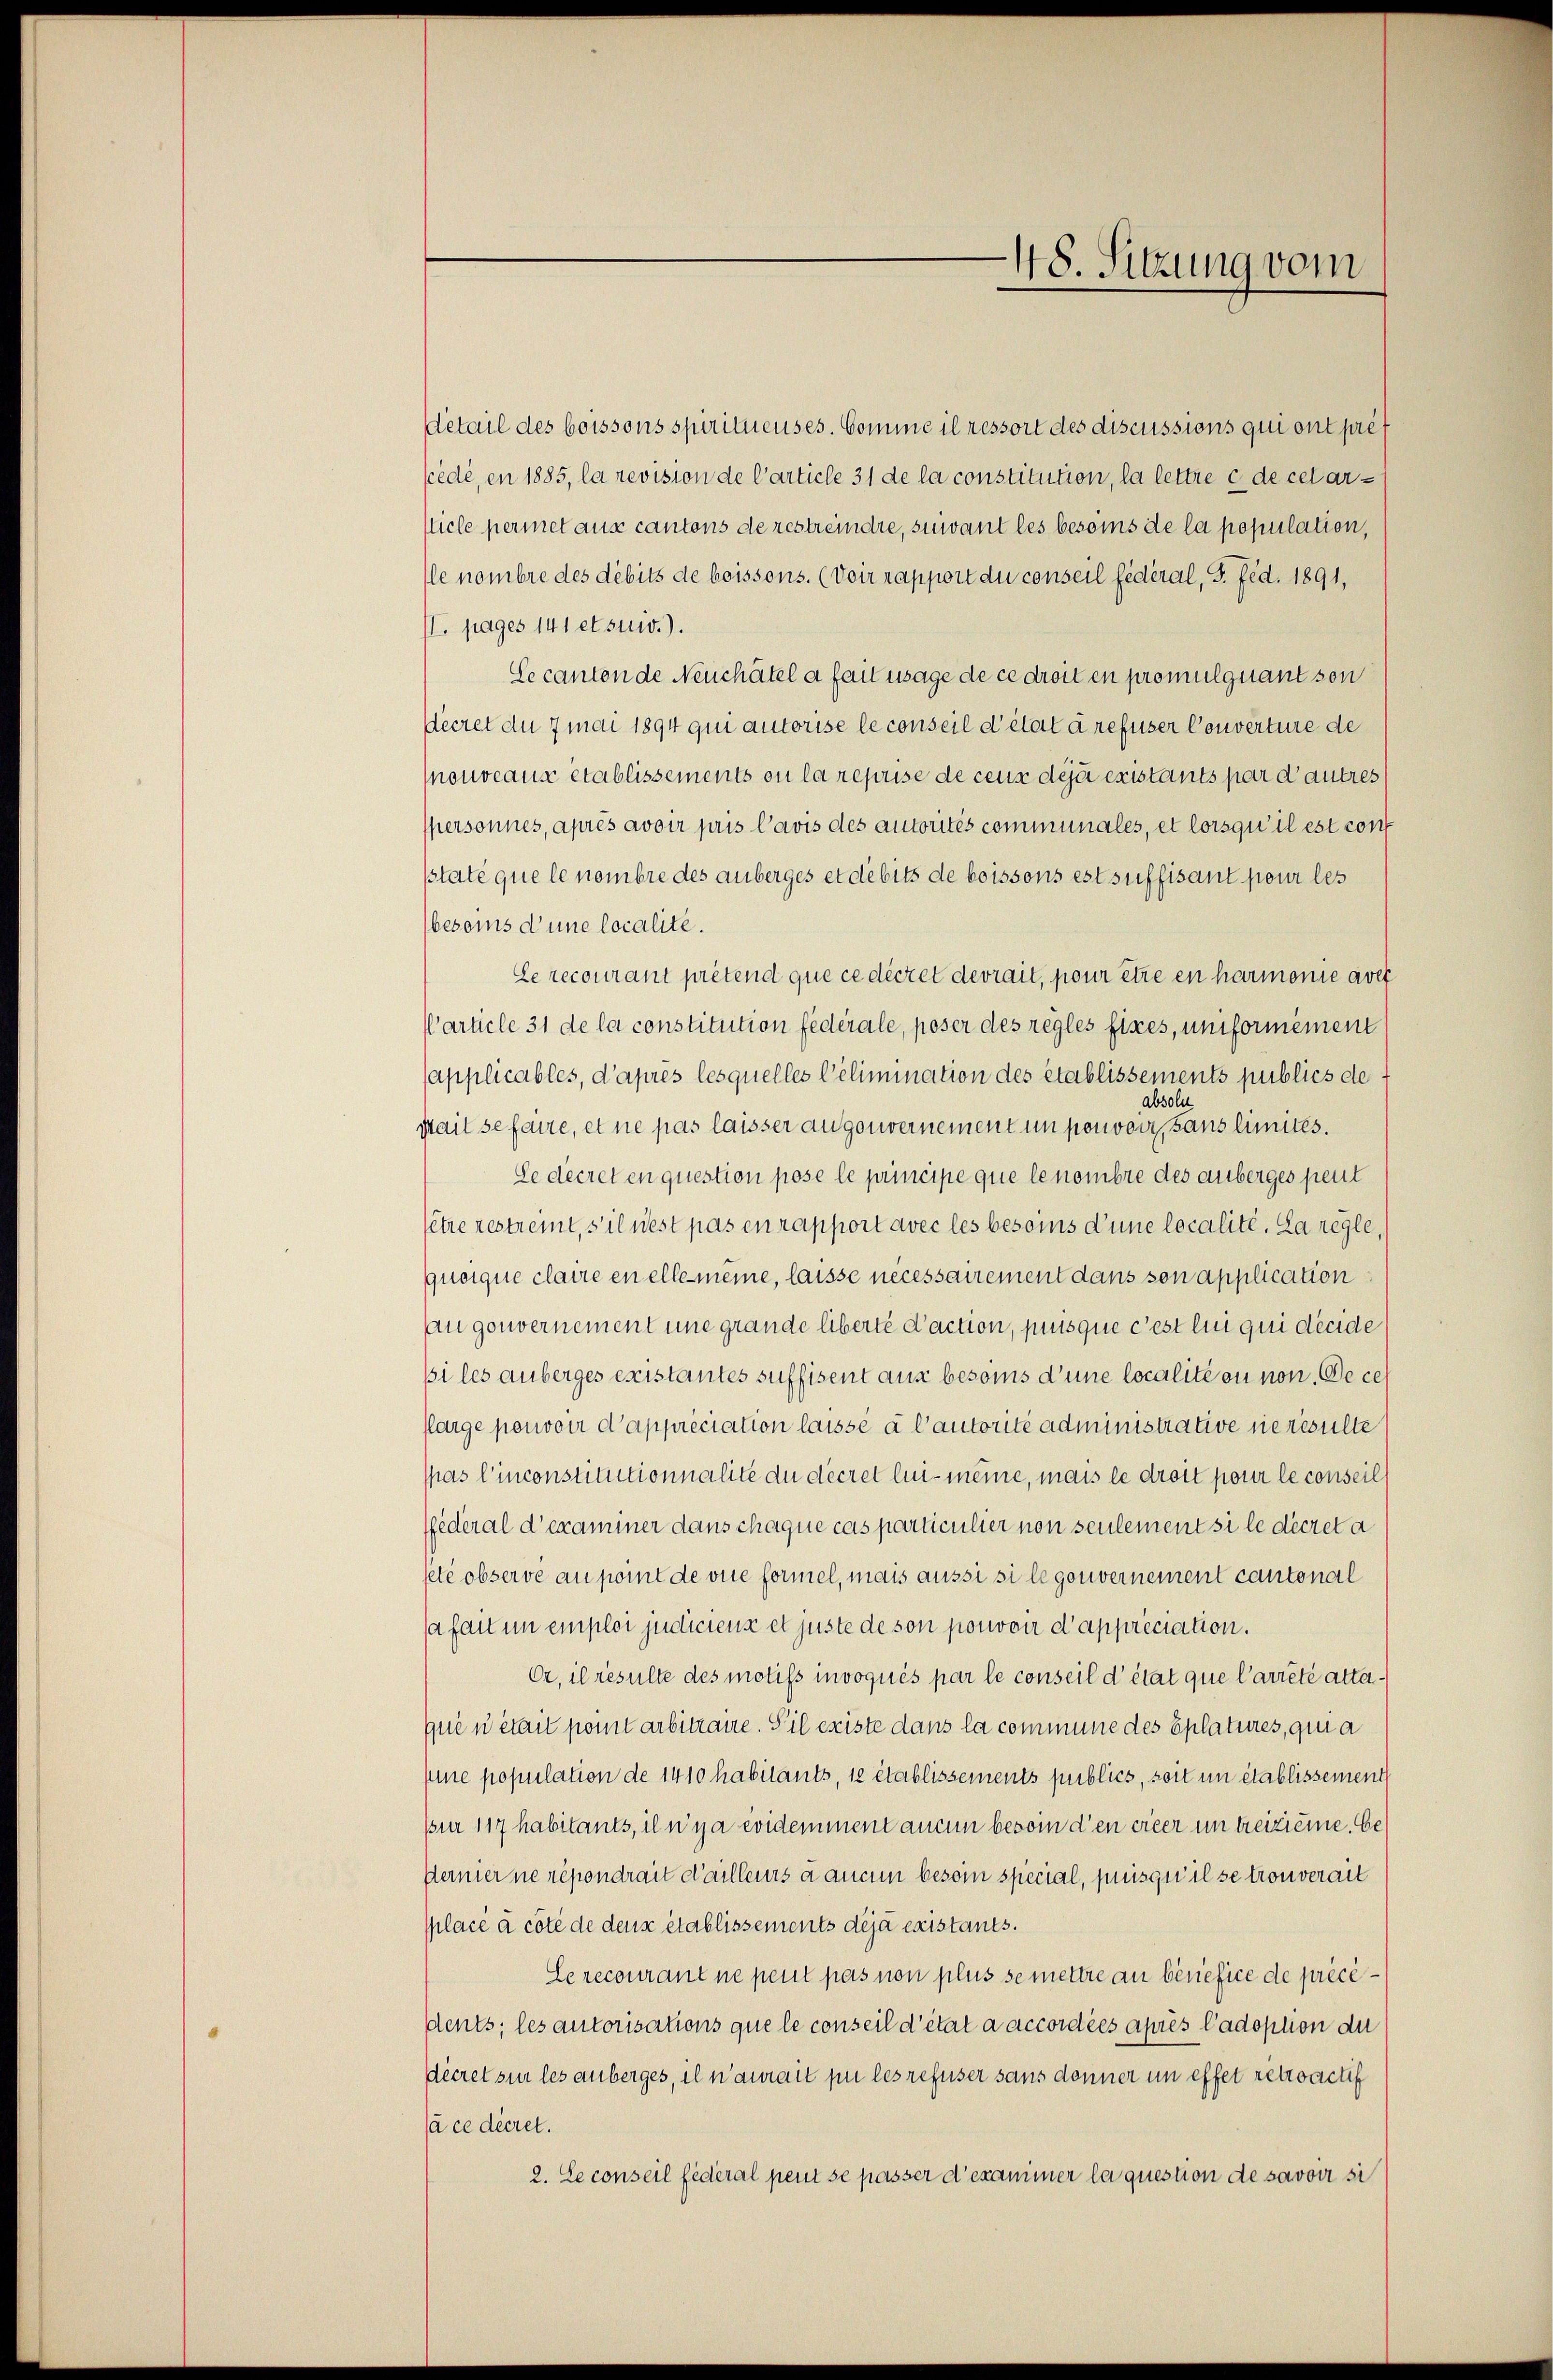
48. Sitzung vom

etail des boissons spiritueuses. Comme il ressort des discussions qui ont préf
scédé, en 1885, la revision de Carticle 31 de la constitution, la lettre c de celarsticle permet aus cantons de restreidre, suivant les besoins de la population,
le nombre des débits de boissons. (Voir rapport du conseil fédéral, S. fed. 1891,
II. pages 141 et suiv.).
Se cantende Neuchâtel a fait usage de ce droit en promulquant son
Decret du 7 mai 1894 qui autorise le conseil d’état à refuser Converture de
Mouveaus etablissements ou la reprise de ceux déjà existants par d’autres
spersonnes, après avoir pris Cavis des autorités communales, et lorsqu’ il est conf
sstate que le nombre des anberges et debits de boissons est suffisant pour les
besoins d’une localite.
Le recourant prétend que ce décret devrait, pour être en harmonie aver
Particle 31 de la constitution fédérale, poser des règles fixes, und formenen
sapplicables, d’après lesquelles Pelimination des établissements publics de f
absolu
Mait se faire, et ne pas laisser augenvernement un pouvoir, sans limités.
Le decret en question pose le principe que le nombre des anberges peut
fetze restremt, s’il nest pas en rapport avec les besoins d’une localité. La regle
quoique claire en elle meine, laisse necessairement dans son application
u gouvernement eine grande Überté d’action, puis que c’est lui qui décide
pi les anberges existantes suffisent aus besoins d’une localité ou non. Dece
flarge pouvoir d’appréciation laissé à l’autorité administrative nerwalte
spas l’inconstitutionnalité du décret lui-meine, mais le droit pour le conseil
ffederal d’examiner dans chaque cas particulier non seulement si le décreta
seté observe au point de vue formel, mais aussi si legouvernement cantonal
sa fait in emploi judiciens et juste de son pouvoir d’appréciation.
Or, il resulte des motifs invoqués par le conseil d’état que Carreté attaqué un était pomit arbitraire. S’il existe dans la commune des Eplatures, qui a
pine population de 1410 habitants, je établissements publich, zeit un établissement
pür 117 habitants, il n’y a evidemment aucun besoin d’en cieer un treiziere. Be¬
Permier ne répondrait d’ailleurs a aucun besoin special, puis qu’il se trouverait
splacé à côté de deux établissements déjà existants.
Lerecourant ne peut pas non plus se mettre an benefice de précédents; les autorisations que le conseil d’état a accordées après l’adoption du
dieret sie les anberges, il n’aurait pu les refuser sans donner in effet rettoactif
sà ce decret.
2. Le conseil federal peut se passer d’examiner la question de savoir si